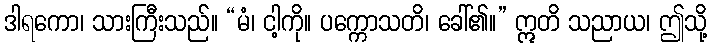
ဒါရကော၊ သားကြီးသည်။ “မံ၊ ငါ့ကို။ ပက္ကောသတိ၊ ခေါ်၏။” ဣတိ သညာယ၊ ဤသို့